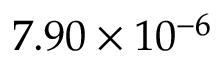
7 . 9 0 \times 1 0 ^ { - 6 }